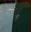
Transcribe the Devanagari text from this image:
ठ्‌